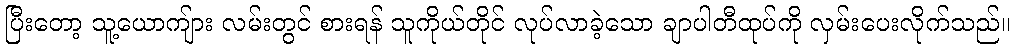
ပြီးတော့ သူ့ယောကျ်ား လမ်းတွင် စားရန် သူကိုယ်တိုင် လုပ်လာခဲ့သော ချာပါတီထုပ်ကို လှမ်းပေးလိုက်သည်။